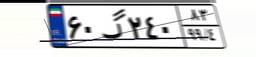
۱۲گ۱۳۲۱۰